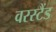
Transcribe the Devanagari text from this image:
वरस्टैंड